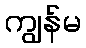
ကျွန်မ